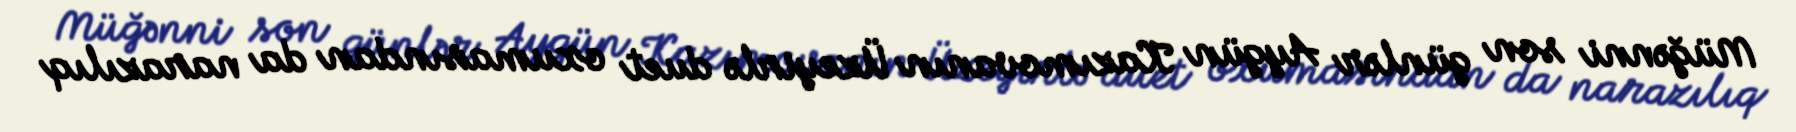
Müğənni son günlər Aygün Kazımovanın Üzeyirlə duet oxumasından da narazılıq